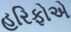
હરિફોએ